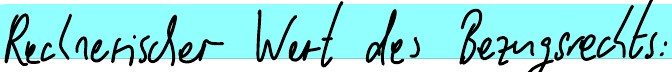
Rechnerischer Wert des Bezugsrechts: